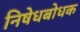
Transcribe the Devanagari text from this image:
निषेधबोधक